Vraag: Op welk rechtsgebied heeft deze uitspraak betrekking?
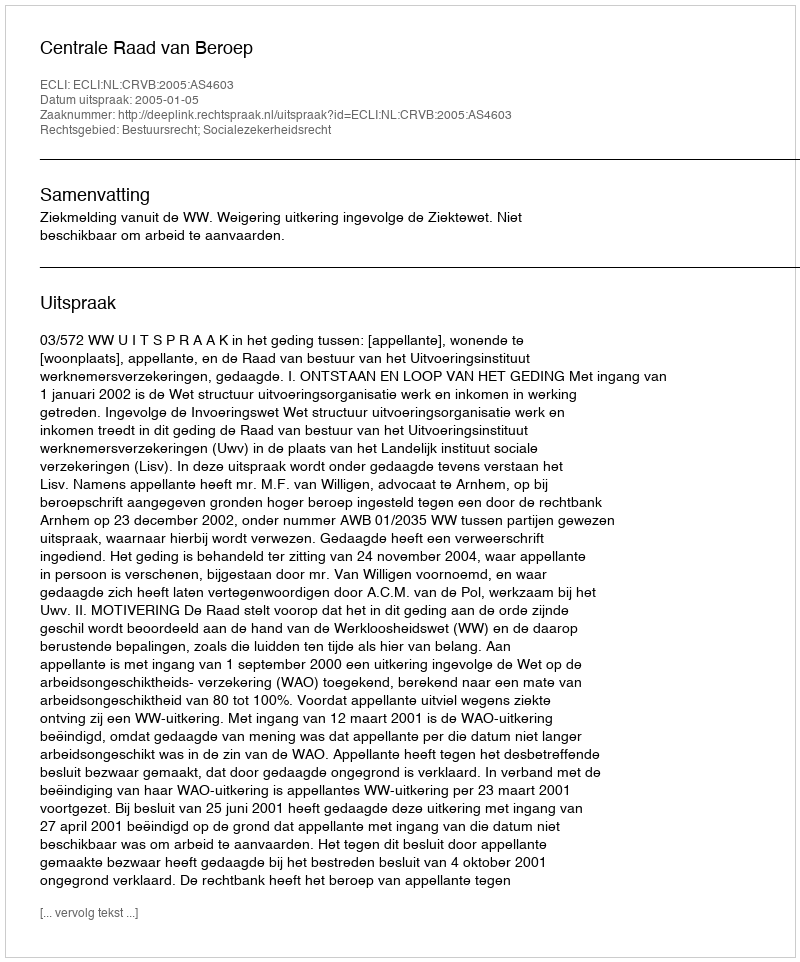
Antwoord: Bestuursrecht; Socialezekerheidsrecht